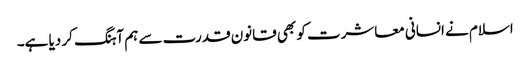
اسلام نے انسانی معاشرت کو بھی قانون قدرت سے ہم آہنگ کر دیا ہے۔